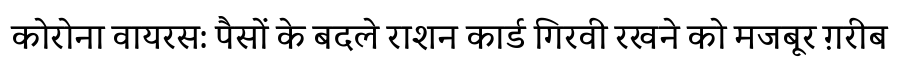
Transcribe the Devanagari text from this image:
कोरोना वायरस: पैसों के बदले राशन कार्ड गिरवी रखने को मजबूर ग़रीब